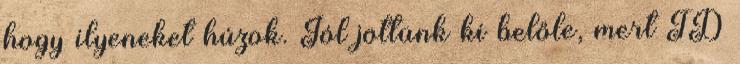
hogy ilyeneket húzok. Jól jöttünk ki belőle, mert TD